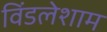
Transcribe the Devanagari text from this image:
विंडलेशाम